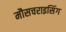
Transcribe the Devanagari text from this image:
मौसचराइसिंग